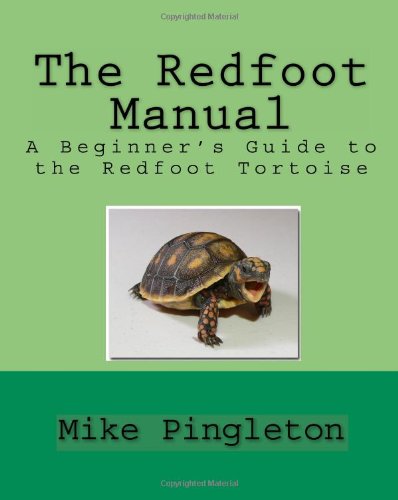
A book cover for The Redfoot Manual: A Beginner's Guide To The Redfoot Tortoise; Mike Pingleton; Crafts, Hobbies & Home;